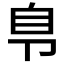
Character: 𰆏